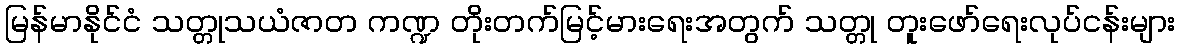
မြန်မာနိုင်ငံ သတ္တုသယံဇာတ ကဏ္ဍ တိုးတက်မြင့်မားရေးအတွက် သတ္တု တူးဖော်ရေးလုပ်ငန်းများ